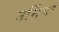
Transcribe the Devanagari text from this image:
उर्मियाँ